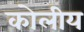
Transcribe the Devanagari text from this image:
कोलीय